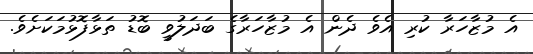
އެ މުޒާހަރާ ކުރި އެވެ ދެން އެ މުޒާހަރާގެ ބަދަލުވީ ބޮޑު ތަޅާފޮޅުމަކަށެވެ.